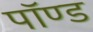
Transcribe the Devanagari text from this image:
पॉण्ड